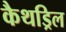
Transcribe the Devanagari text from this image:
कैथड्रिल